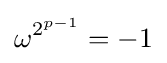
\omega ^{2^{p-1}}=-1